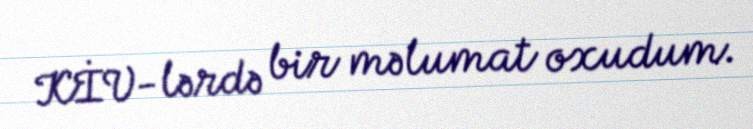
KİV-lərdə bir məlumat oxudum.